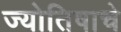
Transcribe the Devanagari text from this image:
ज्योतिषाचे